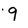
Character: q